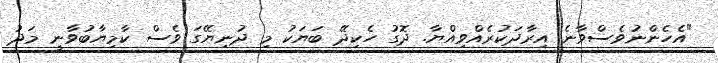
"އެހެންނުވެސްވާނެ އިރާދަކުރެއްވިއްޔާ. ދޮގު ހެކިދޭ ބަޔަކު މި ދުނިޔޭގަ ވެސް ކާމިޔާބުވާނީ މަދު